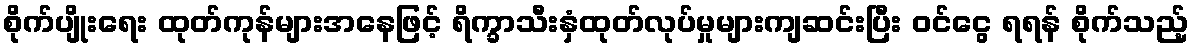
စိုက်ပျိုးရေး ထုတ်ကုန်များအနေဖြင့် ရိက္ခာသီးနှံထုတ်လုပ်မှုများကျဆင်းပြီး ဝင်ငွေ ရရန် စိုက်သည့်